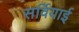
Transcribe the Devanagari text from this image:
सर्वियाई